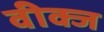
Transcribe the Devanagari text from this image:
वीक्ज